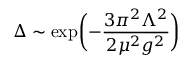
\Delta \sim \exp \biggl ( - { \frac { 3 \pi ^ { 2 } \Lambda ^ { 2 } } { 2 \mu ^ { 2 } g ^ { 2 } } } \biggr )